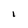
Character: I